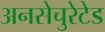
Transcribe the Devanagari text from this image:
अनसेचुरेटेड